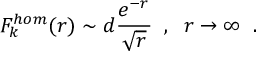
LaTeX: F _ { k } ^ { h o m } ( r ) \sim d \frac { e ^ { - r } } { \sqrt { r } } \; \; , \; \; r \rightarrow \infty \; \; .